King Institute of Preventive Medicine Micro-Biological Section reports 1912-19
Year: 1912
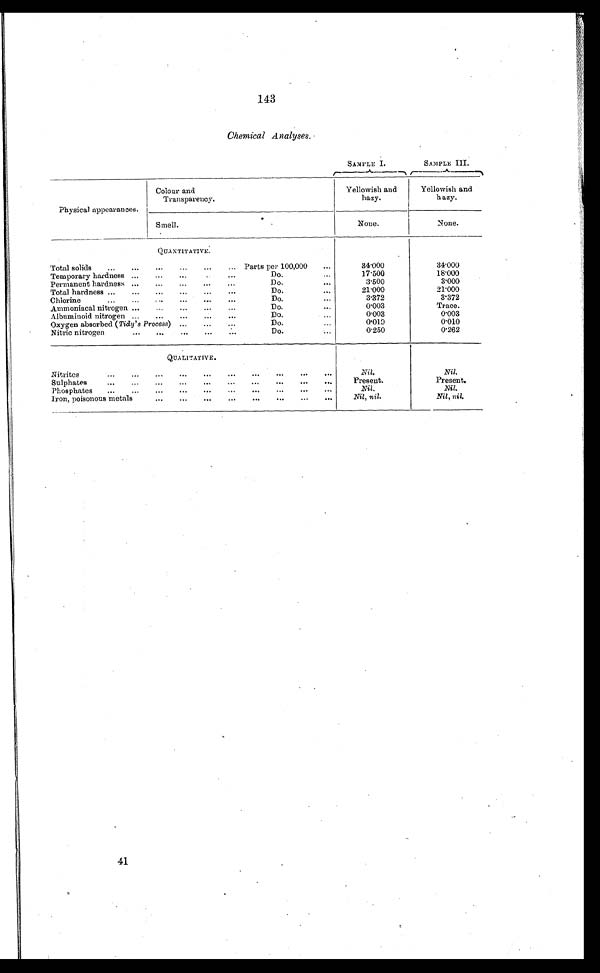
143
Chemical Analyses.
SAMPLE I.
SAMPLE III.
Physical appearances.
Colour and
Transparency.
Yellowish and
hazy.
Yellowish and
hazy.
Smell.
None.
None.
.
QUANTITATIVE.
...
Total solids
...
...
...
... Parts per 100,000
...
54.000
34.000
...
Temporary hardness ...
...
...
Do.
...
1 7 . 5 0 0
18.000
Permanent hardness ...
...
...
...
...
Do.
...
3.500
3.000
Total hardness ...
...
...
..
...
...
Do.
...
21.000
21.000
...
Chlorine...
...
...
Do.
...
3.372
3.372
. . .
Ammoniacal nitrogen ......
...
...
Do.
...
0.003
Trace.
Albnminoid nitrogen ...
...
...
...
Do.
...
0.003
0.003
Oxygen absorbed (Tidy's Process) ......
Do.
0 . 0 1 0
0.010
Nitric nitrogen
...
...
...
...
...
Do.
...
0.250
0.262
.
QUALITATIVE.
Nitrites
...
...
...
...
...
...
...
...
. . .
Nil.
Nil.
Sulphates
...
...
...
...
...
...
. . .
Present.
Present.
Phosphates
...
...
...
...
...
...
...
...
. . .
Nil.
Nil.
Iron, poisonous metals
...
...
... ...
...
...
..
. . .
Nil, nil.
Nil, nil.
41